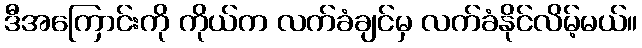
ဒီအကြောင်းကို ကိုယ်က လက်ခံချင်မှ လက်ခံနိုင်လိမ့်မယ်။